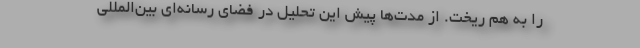
را به هم ریخت. از مدت‌ها پیش این تحلیل در فضای رسانه‌ای بین‌المللی